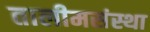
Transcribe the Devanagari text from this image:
तालीमसंस्था